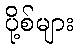
ပို့စ်များ